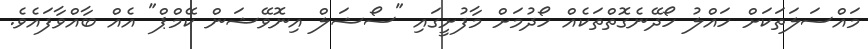
މައްސަލަތަކަށް ހައްލު ހޯދޭނެގޮތްތަކެއް ހޯދުމަށް މާފުށީގައި "ސޯޝަލް އިނޮވޭޝަން ކޭމްޕް" އެއް ބާއްވާފައެވެ.